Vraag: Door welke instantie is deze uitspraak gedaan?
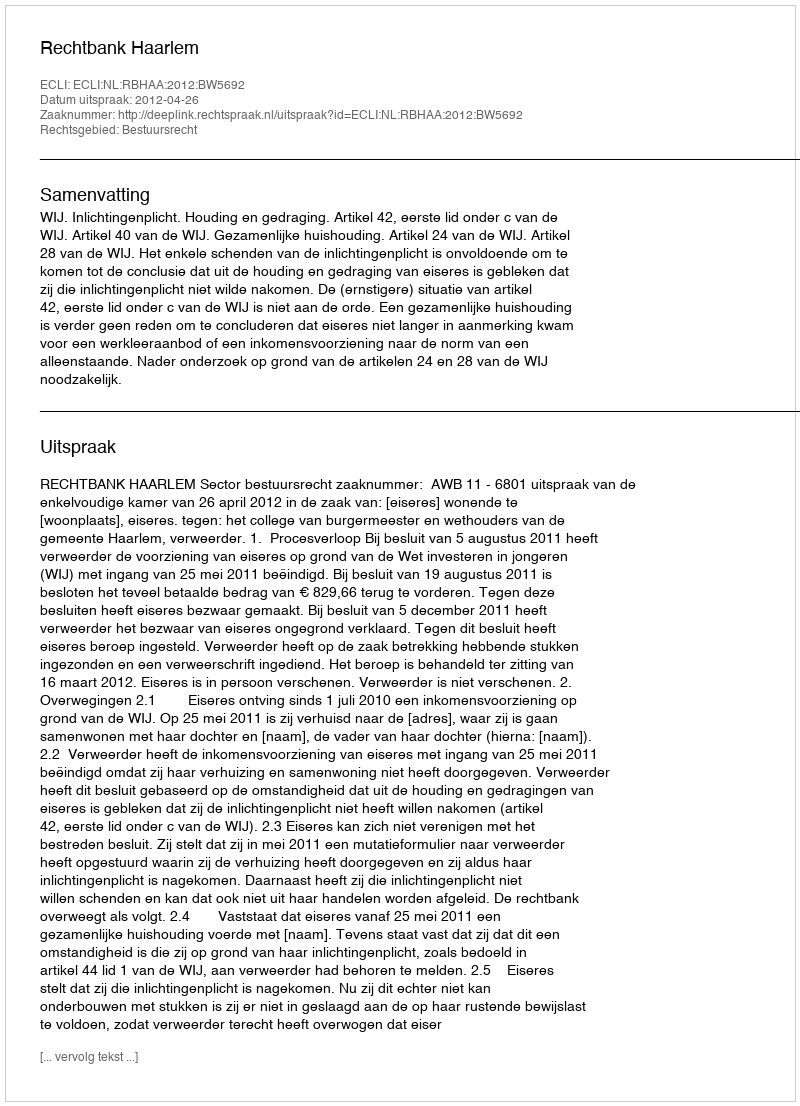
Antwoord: Rechtbank Haarlem